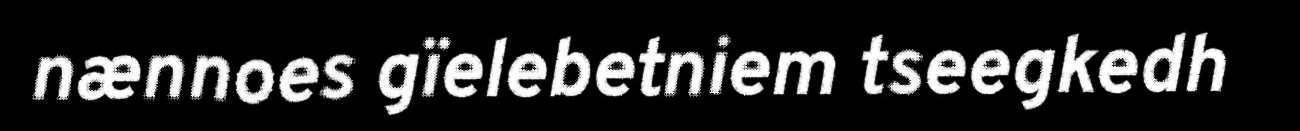
nænnoes gïelebetniem tseegkedh